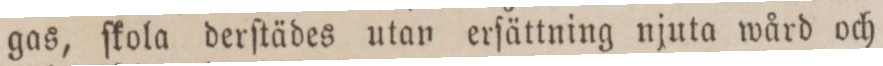
gas, ſkola derſtädes utan erſättning njuta wård och